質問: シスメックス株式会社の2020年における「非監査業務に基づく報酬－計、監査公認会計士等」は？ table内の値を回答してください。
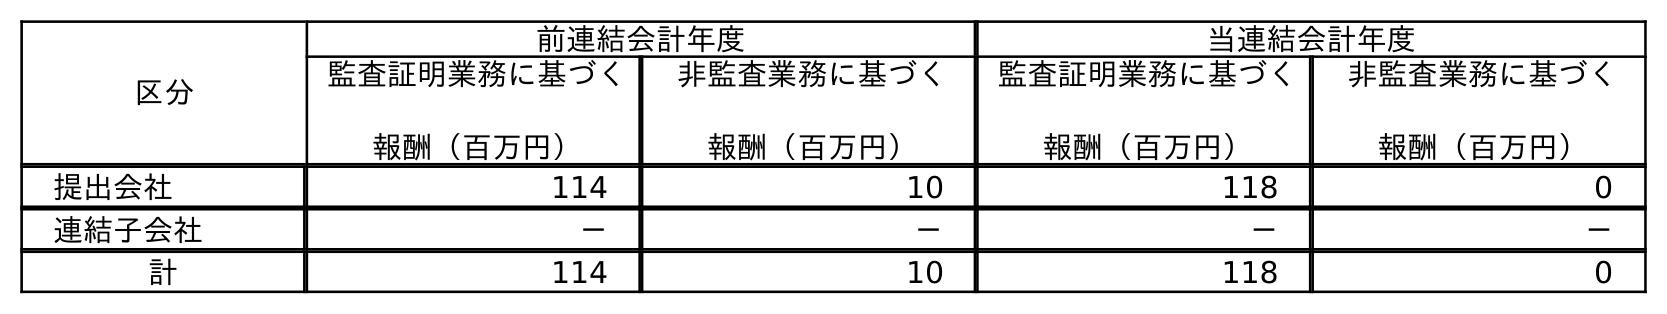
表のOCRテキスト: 区分 前連結会計年度 当連結会計年度 監査証明業務に基づく 報酬（百万円） 非監査業務に基づく 報酬（百万円） 監査証明業務に基づく 報酬（百万円） 非監査業務に基づく 報酬（百万円） 提出会社 114 10 118 0 連結子会社 － － － － 計 114 10 118 0
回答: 0